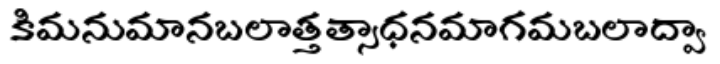
కిమనుమానబలాత్తత్సాధనమాగమబలాద్వా